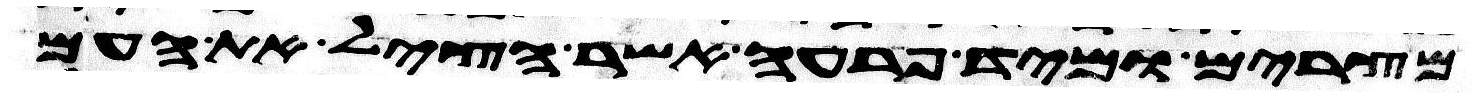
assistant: מצרים ומיד פרעה אשר הציל את העם